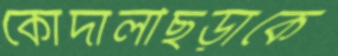
কোদালীছড়াকে